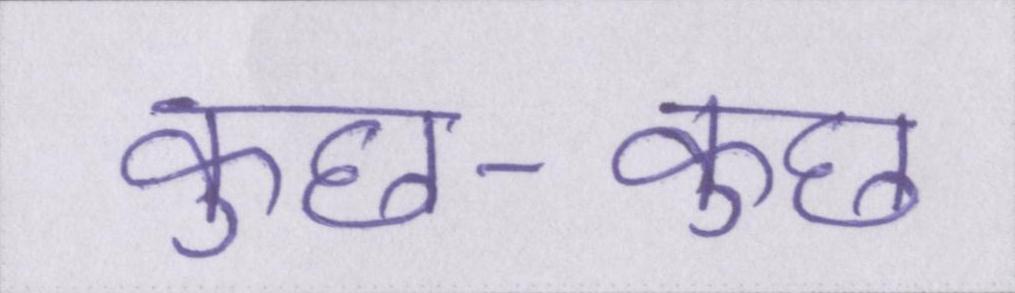
कुछ-कुछ